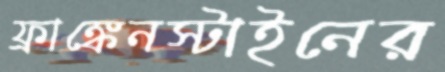
ফ্রাঙ্কেনস্টাইনের